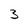
Character: 3